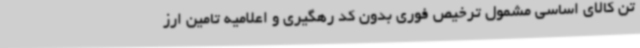
تن کالای اساسی مشمول ترخیص فوری بدون کد رهگیری و اعلامیه تامین ارز